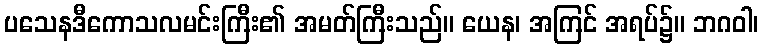
ပသေနဒီကောသလမင်းကြီး၏ အမတ်ကြီးသည်။ ယေန၊ အကြင် အရပ်၌။ ဘဂဝါ၊